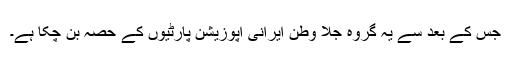
جس کے بعد سے یہ گروہ جلا وطن ایرانی اپوزیشن پارٹیوں کے حصہ بن چکا ہے۔